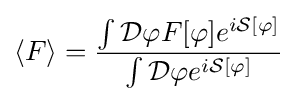
\langle F\rangle ={\frac {\int {\mathcal {D}}\varphi F[\varphi ]e^{i{\mathcal {S}}[\varphi ]}}{\int {\mathcal {D}}\varphi e^{i{\mathcal {S}}[\varphi ]}}}